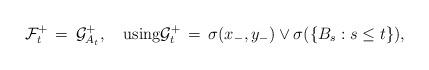
LaTeX: \begin{align*}{\cal F}_t^+\,=\,{\cal G}_{A_t}^+,\quad\mbox{using}{\cal G}_t^+\,=\,\sigma(x_-,y_-)\vee\sigma(\{B_s:s\le t\}),\end{align*}